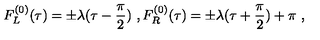
F _ { L } ^ { ( 0 ) } ( \tau ) = \pm \lambda ( \tau - \frac { \pi } { 2 } ) \ , F _ { R } ^ { ( 0 ) } ( \tau ) = \pm \lambda ( \tau + \frac { \pi } { 2 } ) + \pi \ ,